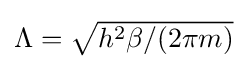
{\textstyle \Lambda ={\sqrt {h^{2}\beta /(2\pi m)}}}